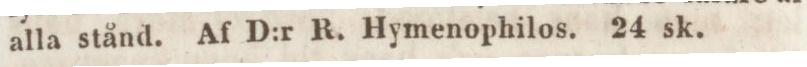
alla stånd. Af D:r R. Hymenophilos. 24 sk.